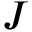
J